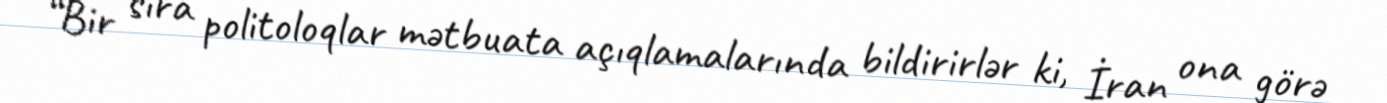
“Bir sıra politoloqlar mətbuata açıqlamalarında bildirirlər ki, İran ona görə